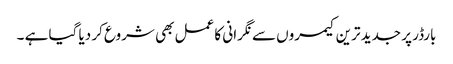
بارڈر پر جدید ترین کیمروں سے نگرانی کا عمل بھی شروع کر دیا گیا ہے ۔